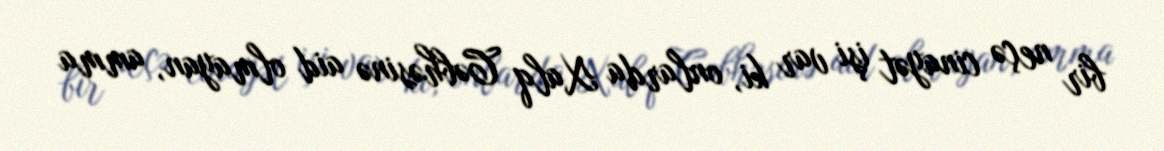
bir neçə cinayət işi var ki, onlarda Xalq Cəbhəsinə aid olmayan, amma